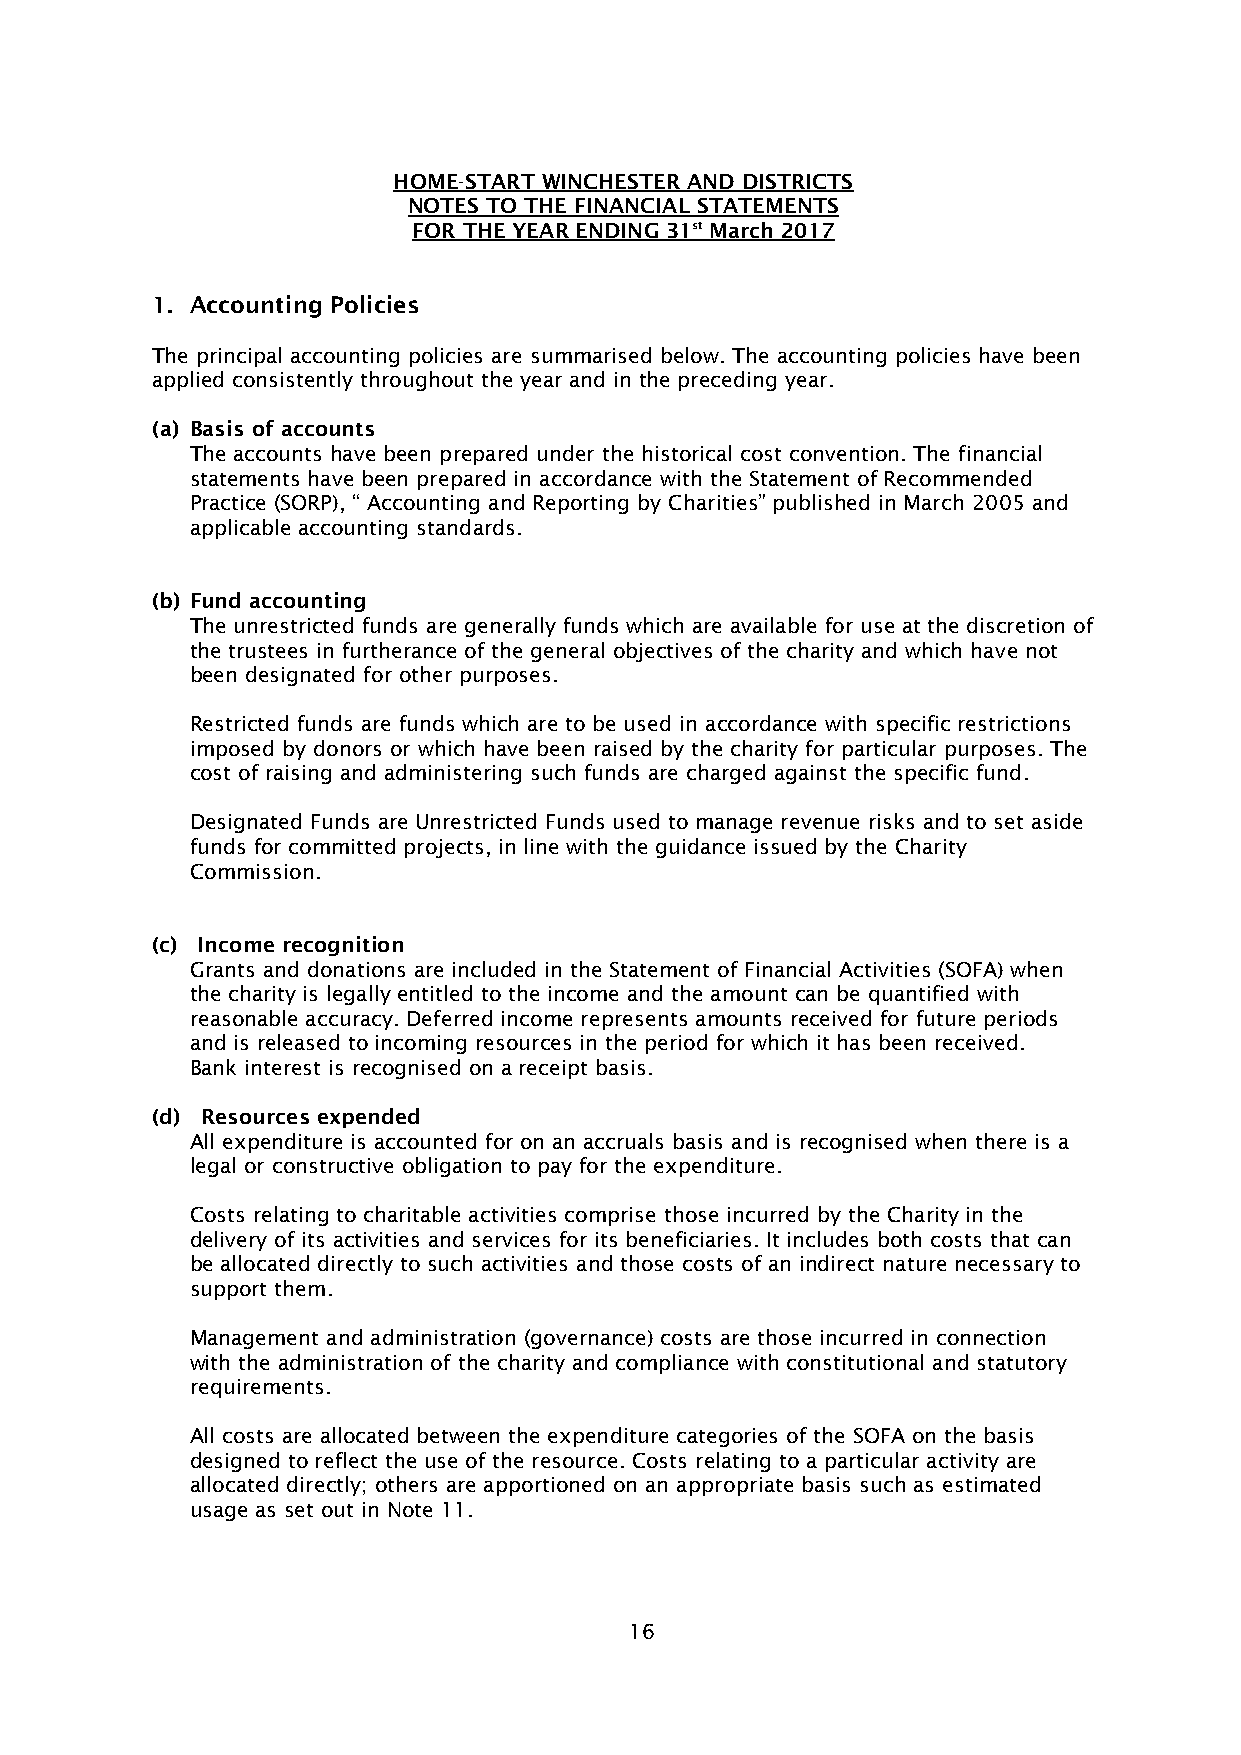
HOME-START WINCHESTER AND DISTRICTS
 NOTES TO THE FINANCIAL STATEMENTS
 FOR THE YEAR ENDING 31st March 2017
 1. Accounting Policies
 The principal accounting policies are summarised below. The accounting policies have been
 applied consistently throughout the year and in the preceding year.
 (a) Basis of accounts
 The accounts have been prepared under the historical cost convention. The financial
 statements have been prepared in accordance with the Statement of Recommended
 Practice (SORP), “ Accounting and Reporting by Charities” published in March 2005 and
 applicable accounting standards.
 (b) Fund accounting
 The unrestricted funds are generally funds which are available for use at the discretion of
 the trustees in furtherance of the general objectives of the charity and which have not
 been designated for other purposes.
 Restricted funds are funds which are to be used in accordance with specific restrictions
 imposed by donors or which have been raised by the charity for particular purposes. The
 cost of raising and administering such funds are charged against the specific fund.
 Designated Funds are Unrestricted Funds used to manage revenue risks and to set aside
 funds for committed projects, in line with the guidance issued by the Charity
 Commission.
 (c) Income recognition
 Grants and donations are included in the Statement of Financial Activities (SOFA) when
 the charity is legally entitled to the income and the amount can be quantified with
 reasonable accuracy. Deferred income represents amounts received for future periods
 and is released to incoming resources in the period for which it has been received.
 Bank interest is recognised on a receipt basis.
 (d) Resources expended
 All expenditure is accounted for on an accruals basis and is recognised when there is a
 legal or constructive obligation to pay for the expenditure.
 Costs relating to charitable activities comprise those incurred by the Charity in the
 delivery of its activities and services for its beneficiaries. It includes both costs that can
 be allocated directly to such activities and those costs of an indirect nature necessary to
 support them.
 Management and administration (governance) costs are those incurred in connection
 with the administration of the charity and compliance with constitutional and statutory
 requirements.
 All costs are allocated between the expenditure categories of the SOFA on the basis
 designed to reflect the use of the resource. Costs relating to a particular activity are
 allocated directly; others are apportioned on an appropriate basis such as estimated
 usage as set out in Note 11.
 16